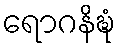
ရောဂနိဍ္ဎံ